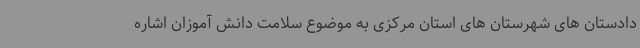
دادستان های شهرستان های استان مرکزی به موضوع سلامت دانش آموزان اشاره